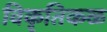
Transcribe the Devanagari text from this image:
विकृतिकळ